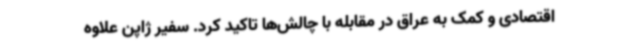
اقتصادی و کمک به عراق در مقابله با چالش‌ها تاکید کرد. سفیر ژاپن علاوه